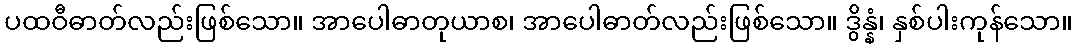
ပထဝီဓာတ်လည်းဖြစ်သော။ အာပေါဓာတုယာစ၊ အာပေါဓာတ်လည်းဖြစ်သော။ ဒွိန္နံ၊ နှစ်ပါးကုန်သော။